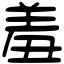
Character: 羞